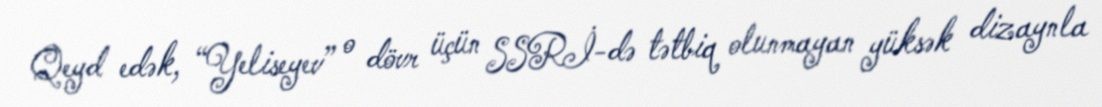
Qeyd edək, “Yeliseyev” o dövr üçün SSRİ-də tətbiq olunmayan yüksək dizaynla